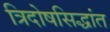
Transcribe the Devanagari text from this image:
त्रिदोषसिद्धांत